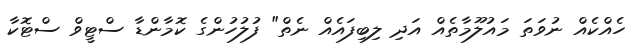
ހެއްކެއް ނުވަތަ މައުލޫމާާތެއް އަދި ލިބިފައެއް ނެތް" ފުލުހުންގެ ކޮމާންޑާ ސްޓީވް ސްޓޮކާ